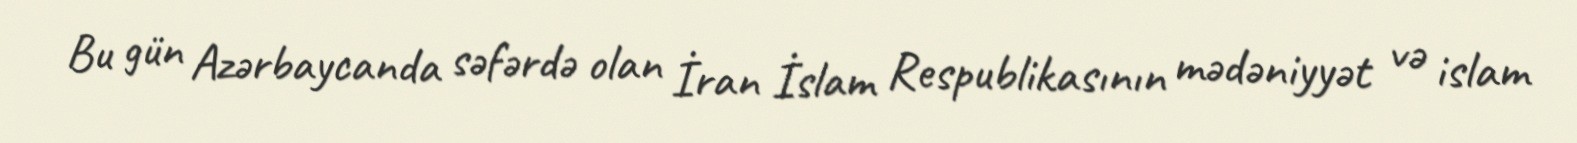
Bu gün Azərbaycanda səfərdə olan İran İslam Respublikasının mədəniyyət və islam